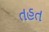
તહત